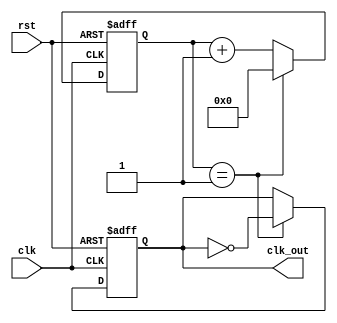
module ParameterizedClockDivider #(
    parameter integer DIV_FACTOR = 2, // Division factor for the clock
    parameter integer WIDTH = 8        // Bit-width for the counter
)(
    input wire clk,                   // Input clock signal
    input wire rst,                   // Asynchronous reset signal
    output reg clk_out                // Output divided clock signal
);

    // Counter to keep track of clock cycles
    reg [WIDTH-1:0] counter;

    // Sequential logic for the clock divider
    always @(posedge clk or posedge rst) begin
        if (rst) begin
            // Asynchronous reset: reset counter and output clock
            counter <= 0;
            clk_out <= 0;
        end else begin
            // Increment the counter
            if (counter == DIV_FACTOR - 1) begin
                counter <= 0;          // Reset counter
                clk_out <= ~clk_out;   // Toggle the output clock
            end else begin
                counter <= counter + 1; // Increment the counter
            end
        end
    end

endmodule